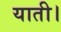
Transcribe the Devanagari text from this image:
याती।